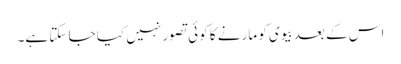
اس کے بعد بیوی کو مارنے کا کوئی تصور نہیں کیا جا سکتا ہے۔